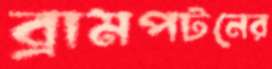
ব্রামপটনের